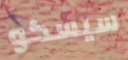
سيسكو